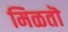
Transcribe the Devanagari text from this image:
मिळतॊ